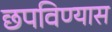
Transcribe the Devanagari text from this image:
छपविण्यास